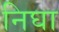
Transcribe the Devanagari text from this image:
निघा